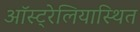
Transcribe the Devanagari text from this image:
ऑस्ट्रेलियास्थित